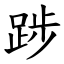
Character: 踄